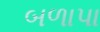
બળાપા